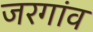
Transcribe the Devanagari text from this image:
जरगांव